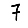
Digit: 7